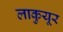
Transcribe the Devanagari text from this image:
लाकुयूर